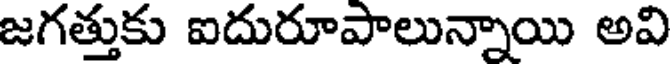
జగత్తుకు ఐదురూపాలున్నాయి అవి